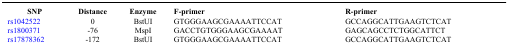
| SNP | Distance | Enzyme | F-primer | R-primer |
 | --- | --- | --- | --- | --- |
 | rs1042522 | 0 | BstUI | GTGGGAAGCGAAAATTCCAT | GCCAGGCATTGAAGTCTCAT |
 | rs1800371 | -76 | MspI | GACCTGTGGGAAGCGAAAAT | GAGCAGCCTCTGGCATTCT |
 | rs17878362 | -172 | BstUI | GTGGGAAGCGAAAATTCCAT | GCCAGGCATTGAAGTCTCAT |